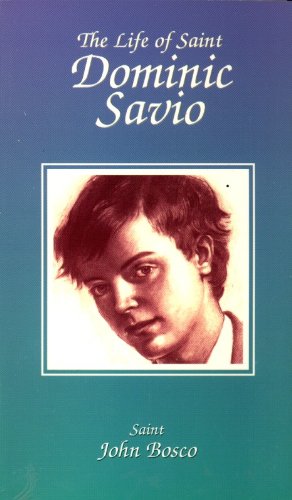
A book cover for The Life of Saint Dominic Savio; St. John Bosco; Teen & Young Adult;